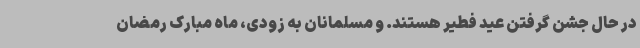
در حال جشن گرفتن عید فطیر هستند. و مسلمانان به زودی، ماه مبارک رمضان